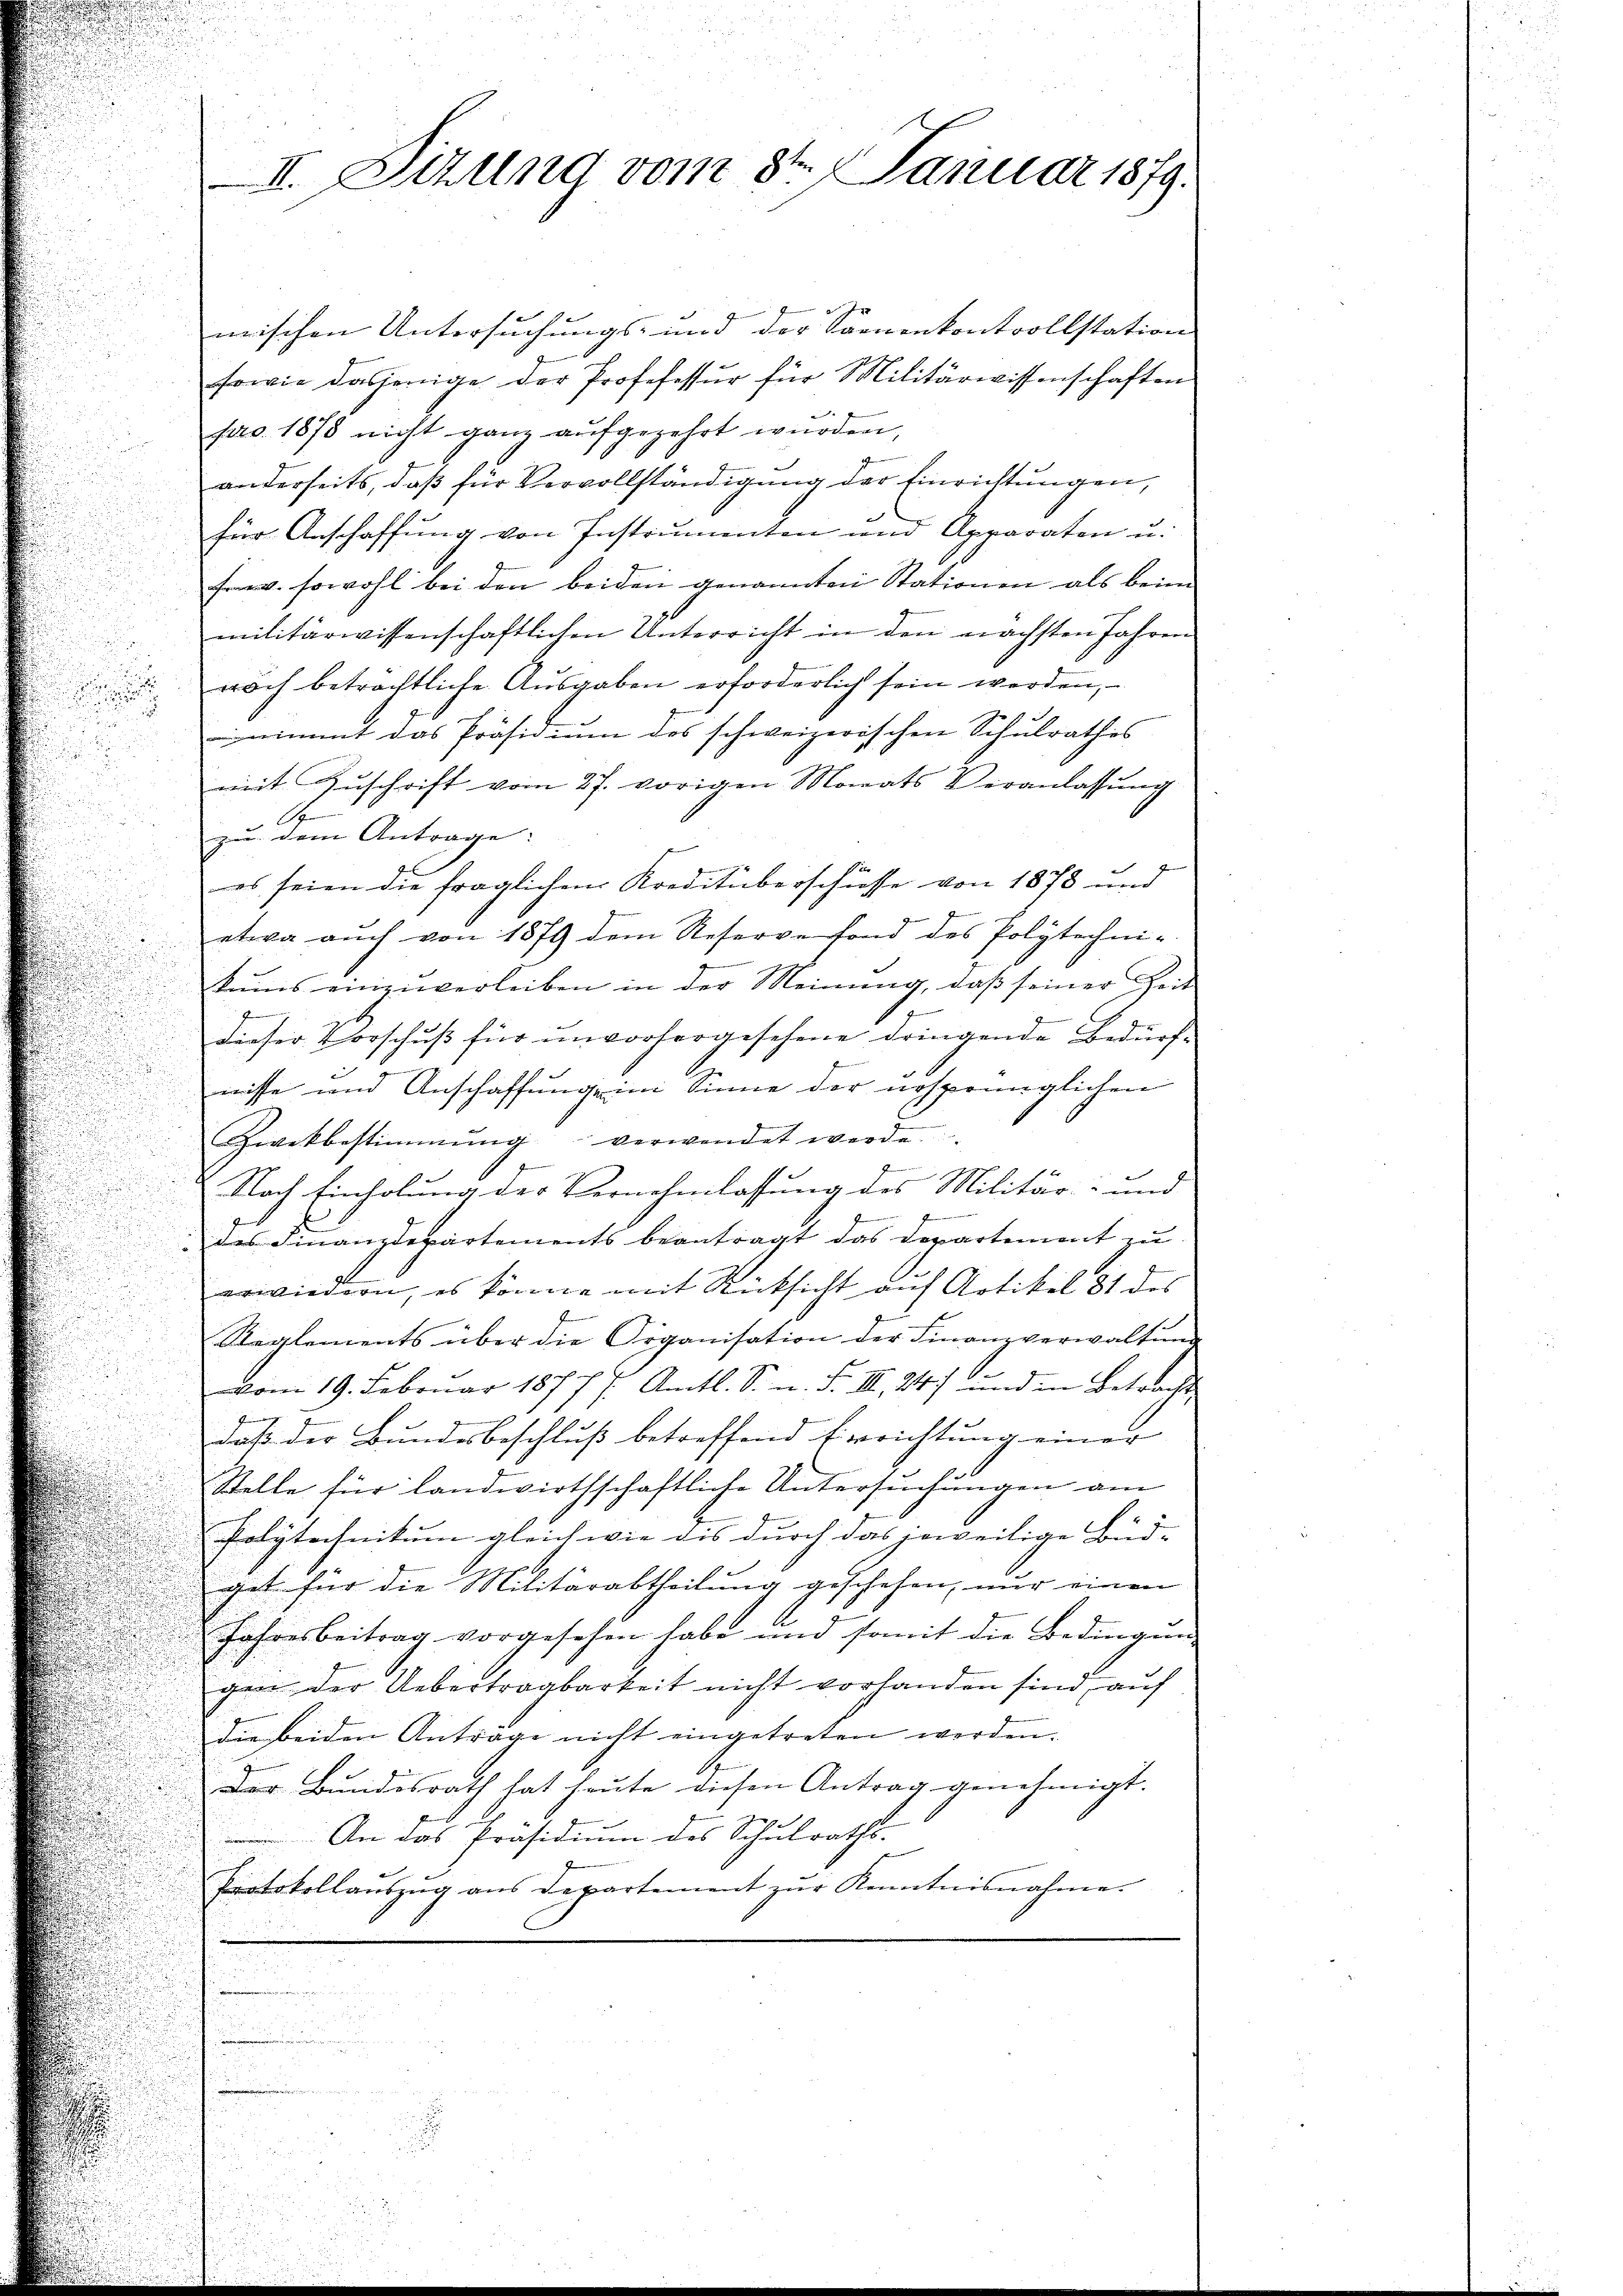
mischen Untersuchungs- und der Samenkontrollstation
sowie dasjenige der Profefessur für Militärwissenschaften
pro 1873 nicht ganz aufgezehrt wurden,
anderseits, daß für Vervollständigung der Einrichtungen,
für Anschaffung von Instrumenten und Apparaten u.
Fr. sowohl bei den beiden genannten Stationen als beim
militärwissenschaftlichen Unterricht in den nächsten Jahren
 noch beträchtliche Aŭsgaben erforderlich sein werden,
nimmt das Präsidium des schweizerischen Schulrathes
mit Zŭschrift vom 27. vorigen Monats Veranlassŭng
A
zu dem Antrage:
es seien die fraglichen Kreditüberschüsse von 1878 und
etwa auch von 1879 dem Reservefond des Polytechni-
kums einzuverleiben in der Meinung, daß seiner Zeit
1
e
2
dieser Vorschuß für unvorhergesehene dringende Bedürfe
müsse und Anschaffung im Sinne der ursprünglichen
Zwekbestimmung verwendet werde.
n
2
Nach Einholung der Vernehmlassung des Militär- und
g
des Finanzdepartements beantragt das Departement zu
erwiedern, es könne mit Rücksicht auf Artikel 81 des
Reglements über die Organisation der Finanzverwaltŭng
vom 19. Februar 1877 /: Amtl. S. n. F. III, 24) und in Betracht
daß der Bundesbeschluß betreffend Errichtung einer
Stelle für landwirthschaftliche Untersuchungen am
Polytechnikum gleich wie dis durch das jeweilige Bud-
get für die Militärabtheilung geschehen, nur einen
Jahresbeitrag vorgesehen habe und somit die Bedingŭng
gen der Uebertragbarkeit nicht vorhanden sind, auf
die beiden Antrage nicht eingetreten werden.
Der Bundesrath hat heute diesen Antrag genehmigt.
An das Präsidium des Schulraths-
Protokollaŭszŭg ans Departement zŭr Kenntnisnahme.

II. Sizung vom 8ten Januar 1879.